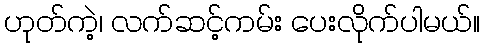
ဟုတ်ကဲ့၊ လက်ဆင့်ကမ်း ပေးလိုက်ပါမယ်။